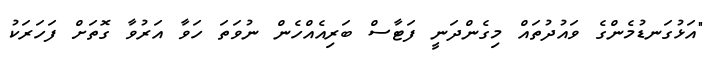
"އަޅުގަނޑުމެންގެ ވައުދުތައް މިގެންދަނީ ފަޓާސް ބަރިއެއްހެން ނުވަތަ ހަވާ އަރުވާ ގޮތަށް ފަހަރަކުު